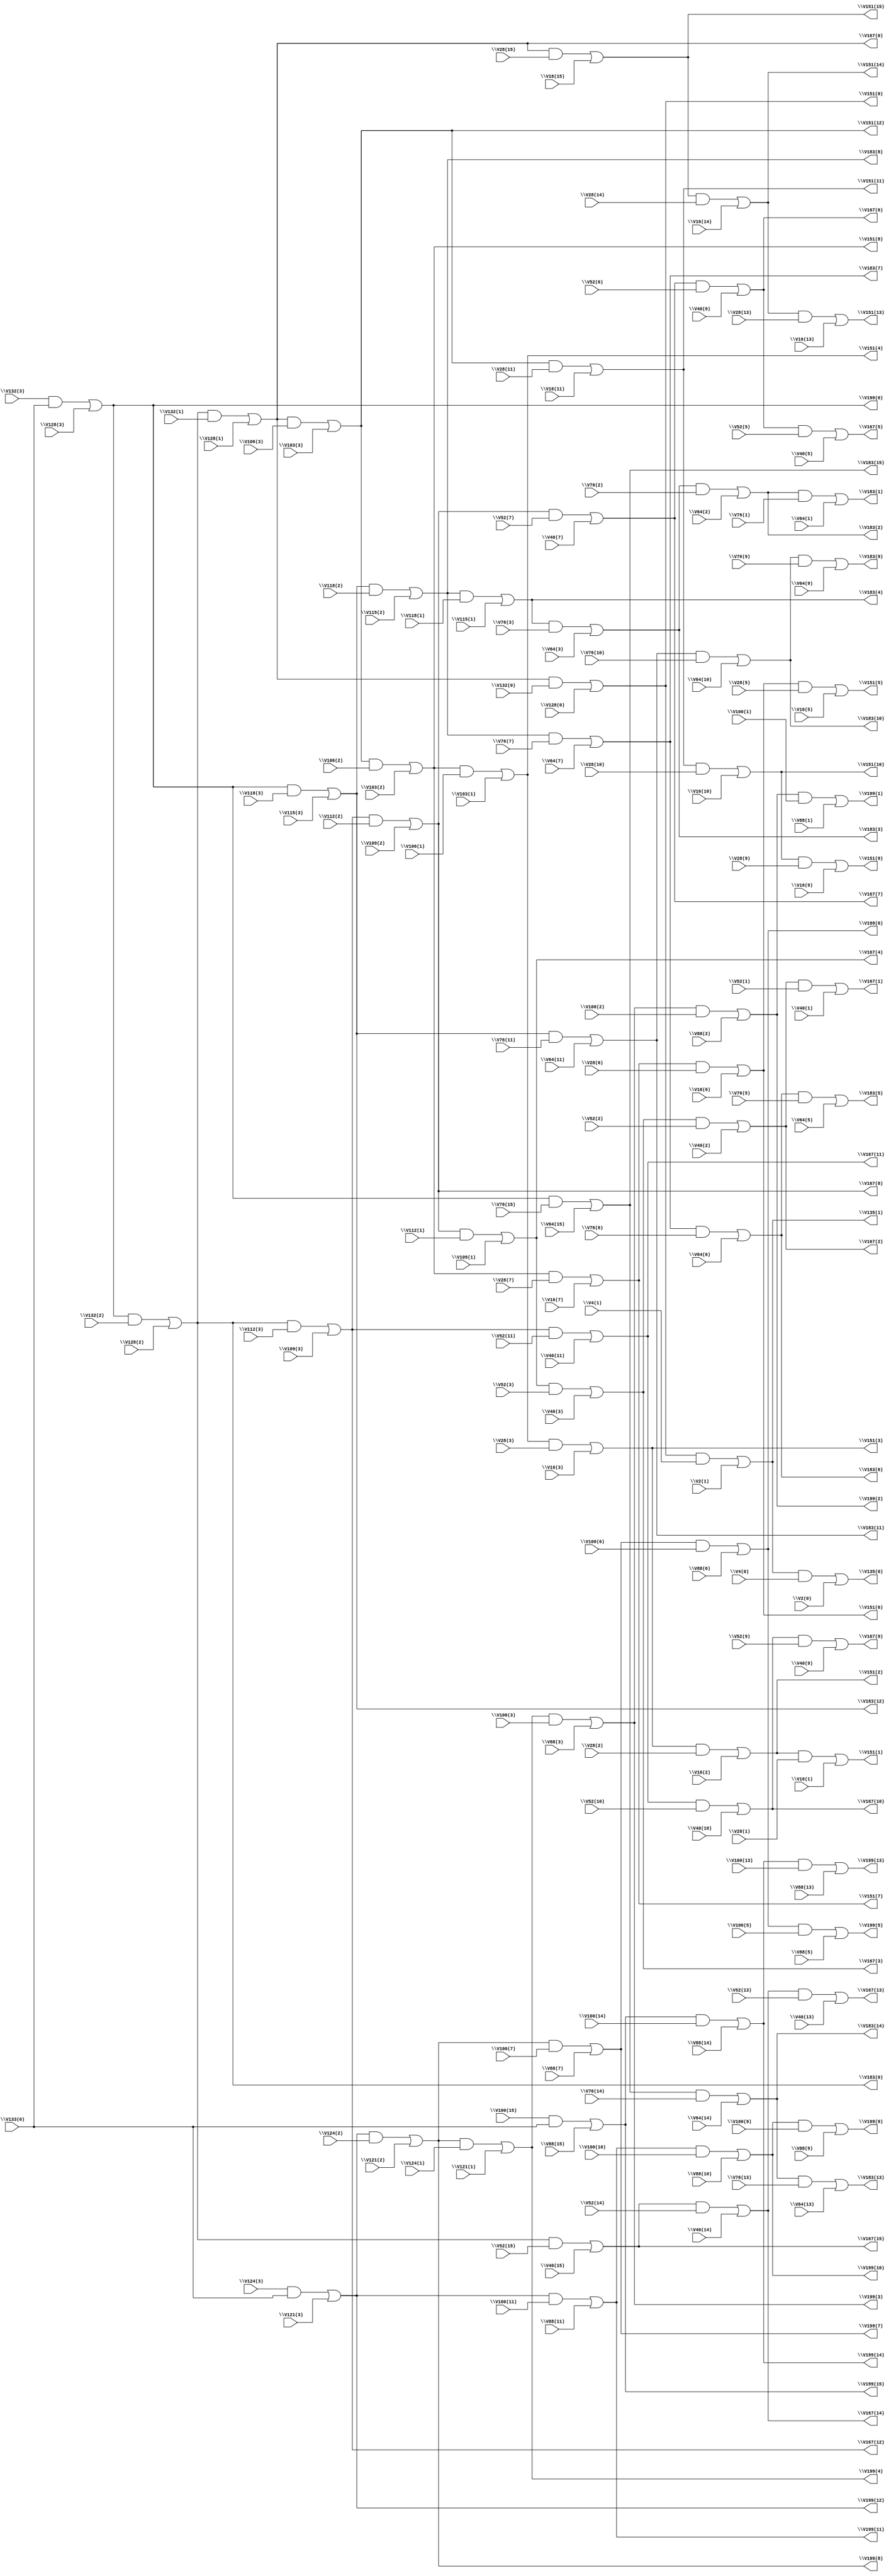
// IWLS benchmark module "i5" printed on Wed May 29 17:26:47 2002
module i5(\V4(0) , \V2(1) , \V4(1) , \V2(0) , \V28(1) , \V16(2) , \V28(2) , \V16(3) , \V28(3) , \V28(5) , \V16(6) , \V28(6) , \V16(7) , \V28(7) , \V28(9) , \V16(10) , \V28(10) , \V16(11) , \V28(11) , \V28(13) , \V16(14) , \V28(14) , \V16(15) , \V28(15) , \V16(1) , \V16(5) , \V16(9) , \V16(13) , \V52(1) , \V40(2) , \V52(2) , \V40(3) , \V52(3) , \V52(5) , \V40(6) , \V52(6) , \V40(7) , \V52(7) , \V52(9) , \V40(10) , \V52(10) , \V40(11) , \V52(11) , \V52(13) , \V40(14) , \V52(14) , \V40(15) , \V52(15) , \V40(1) , \V40(5) , \V40(9) , \V40(13) , \V76(1) , \V64(2) , \V76(2) , \V64(3) , \V76(3) , \V76(5) , \V64(6) , \V76(6) , \V64(7) , \V76(7) , \V76(9) , \V64(10) , \V76(10) , \V64(11) , \V76(11) , \V76(13) , \V64(14) , \V76(14) , \V64(15) , \V76(15) , \V64(1) , \V64(5) , \V64(9) , \V64(13) , \V100(1) , \V88(2) , \V100(2) , \V88(3) , \V100(3) , \V100(5) , \V88(6) , \V100(6) , \V88(7) , \V100(7) , \V100(9) , \V88(10) , \V100(10) , \V88(11) , \V100(11) , \V100(13) , \V88(14) , \V100(14) , \V88(15) , \V133(0) , \V100(15) , \V88(1) , \V88(5) , \V88(9) , \V88(13) , \V106(1) , \V103(2) , \V106(2) , \V103(3) , \V106(3) , \V112(1) , \V109(2) , \V112(2) , \V109(3) , \V112(3) , \V118(1) , \V115(2) , \V118(2) , \V115(3) , \V118(3) , \V124(1) , \V121(2) , \V124(2) , \V121(3) , \V124(3) , \V103(1) , \V109(1) , \V115(1) , \V121(1) , \V132(0) , \V128(1) , \V132(1) , \V128(2) , \V132(2) , \V128(3) , \V132(3) , \V128(0) , \V135(0) , \V135(1) , \V151(1) , \V151(2) , \V151(3) , \V151(5) , \V151(6) , \V151(7) , \V151(9) , \V151(10) , \V151(11) , \V151(13) , \V151(14) , \V151(15) , \V167(1) , \V167(2) , \V167(3) , \V167(5) , \V167(6) , \V167(7) , \V167(9) , \V167(10) , \V167(11) , \V167(13) , \V167(14) , \V167(15) , \V183(1) , \V183(2) , \V183(3) , \V183(5) , \V183(6) , \V183(7) , \V183(9) , \V183(10) , \V183(11) , \V183(13) , \V183(14) , \V183(15) , \V199(1) , \V199(2) , \V199(3) , \V199(5) , \V199(6) , \V199(7) , \V199(9) , \V199(10) , \V199(11) , \V199(13) , \V199(14) , \V199(15) , \V151(4) , \V151(8) , \V151(12) , \V167(4) , \V167(8) , \V167(12) , \V183(4) , \V183(8) , \V183(12) , \V199(4) , \V199(8) , \V199(12) , \V151(0) , \V167(0) , \V183(0) , \V199(0) );
input
  \V64(3) ,
  \V28(13) ,
  \V52(11) ,
  \V52(10) ,
  \V64(5) ,
  \V28(15) ,
  \V109(3) ,
  \V64(6) ,
  \V28(14) ,
  \V109(2) ,
  \V132(1) ,
  \V64(7) ,
  \V132(0) ,
  \V64(9) ,
  \V28(11) ,
  \V115(3) ,
  \V28(10) ,
  \V115(2) ,
  \V88(1) ,
  \V109(1) ,
  \V16(1) ,
  \V88(2) ,
  \V121(3) ,
  \V16(2) ,
  \V88(3) ,
  \V121(2) ,
  \V16(3) ,
  \V64(13) ,
  \V115(1) ,
  \V88(5) ,
  \V16(5) ,
  \V88(6) ,
  \V16(6) ,
  \V64(15) ,
  \V88(7) ,
  \V16(7) ,
  \V64(14) ,
  \V121(1) ,
  \V88(9) ,
  \V16(9) ,
  \V100(3) ,
  \V100(2) ,
  \V64(11) ,
  \V100(5) ,
  \V64(10) ,
  \V4(0) ,
  \V100(1) ,
  \V4(1) ,
  \V118(3) ,
  \V118(2) ,
  \V52(1) ,
  \V52(2) ,
  \V124(3) ,
  \V52(3) ,
  \V124(2) ,
  \V128(3) ,
  \V100(7) ,
  \V76(13) ,
  \V128(2) ,
  \V100(6) ,
  \V118(1) ,
  \V52(5) ,
  \V100(9) ,
  \V76(15) ,
  \V52(6) ,
  \V76(14) ,
  \V52(7) ,
  \V100(11) ,
  \V124(1) ,
  \V100(10) ,
  \V52(9) ,
  \V128(1) ,
  \V103(3) ,
  \V100(13) ,
  \V76(11) ,
  \V128(0) ,
  \V103(2) ,
  \V76(10) ,
  \V100(15) ,
  \V76(1) ,
  \V100(14) ,
  \V76(2) ,
  \V76(3) ,
  \V103(1) ,
  \V76(5) ,
  \V76(6) ,
  \V76(7) ,
  \V76(9) ,
  \V40(13) ,
  \V88(13) ,
  \V40(15) ,
  \V28(1) ,
  \V40(14) ,
  \V88(15) ,
  \V28(2) ,
  \V88(14) ,
  \V28(3) ,
  \V16(13) ,
  \V40(11) ,
  \V28(5) ,
  \V40(10) ,
  \V16(15) ,
  \V88(11) ,
  \V106(3) ,
  \V28(6) ,
  \V16(14) ,
  \V88(10) ,
  \V106(2) ,
  \V28(7) ,
  \V40(1) ,
  \V2(0) ,
  \V133(0) ,
  \V28(9) ,
  \V40(2) ,
  \V112(3) ,
  \V16(11) ,
  \V2(1) ,
  \V40(3) ,
  \V112(2) ,
  \V16(10) ,
  \V106(1) ,
  \V40(5) ,
  \V40(6) ,
  \V40(7) ,
  \V112(1) ,
  \V52(13) ,
  \V40(9) ,
  \V52(15) ,
  \V132(3) ,
  \V52(14) ,
  \V64(1) ,
  \V132(2) ,
  \V64(2) ;
output
  \V167(4) ,
  \V167(1) ,
  \V167(0) ,
  \V183(3) ,
  \V183(2) ,
  \V183(5) ,
  \V183(4) ,
  \V167(7) ,
  \V151(11) ,
  \V167(6) ,
  \V151(10) ,
  \V199(11) ,
  \V167(9) ,
  \V183(1) ,
  \V151(13) ,
  \V199(10) ,
  \V167(8) ,
  \V183(0) ,
  \V151(12) ,
  \V199(13) ,
  \V151(15) ,
  \V199(12) ,
  \V151(14) ,
  \V199(15) ,
  \V199(14) ,
  \V183(7) ,
  \V183(6) ,
  \V183(9) ,
  \V183(8) ,
  \V135(1) ,
  \V135(0) ,
  \V151(3) ,
  \V151(2) ,
  \V151(5) ,
  \V151(4) ,
  \V151(1) ,
  \V151(0) ,
  \V151(7) ,
  \V151(6) ,
  \V151(9) ,
  \V151(8) ,
  \V183(11) ,
  \V183(10) ,
  \V183(13) ,
  \V183(12) ,
  \V167(11) ,
  \V199(3) ,
  \V183(15) ,
  \V167(10) ,
  \V199(2) ,
  \V183(14) ,
  \V167(13) ,
  \V199(5) ,
  \V167(12) ,
  \V199(4) ,
  \V167(15) ,
  \V167(14) ,
  \V199(1) ,
  \V199(0) ,
  \V199(7) ,
  \V199(6) ,
  \V199(9) ,
  \V199(8) ,
  \V167(3) ,
  \V167(2) ,
  \V167(5) ;
wire
  \[59] ,
  \[15] ,
  \[16] ,
  \[17] ,
  \[18] ,
  \[19] ,
  \[60] ,
  \[61] ,
  \[62] ,
  \[0] ,
  \[63] ,
  \[1] ,
  \[64] ,
  \[20] ,
  \[2] ,
  \[65] ,
  \[21] ,
  \[3] ,
  \[22] ,
  \[4] ,
  \[23] ,
  \[5] ,
  \[24] ,
  \[6] ,
  \[25] ,
  \[7] ,
  \[26] ,
  \[8] ,
  \[27] ,
  \[9] ,
  \[28] ,
  \[29] ,
  \[30] ,
  \[31] ,
  \[32] ,
  \[33] ,
  \[34] ,
  \[35] ,
  \[36] ,
  \[37] ,
  \[38] ,
  \[39] ,
  \[40] ,
  \[41] ,
  \[42] ,
  \[43] ,
  \[44] ,
  \[45] ,
  \[46] ,
  \[47] ,
  \[48] ,
  \[49] ,
  \[50] ,
  \[51] ,
  \[52] ,
  \[53] ,
  \[54] ,
  \[10] ,
  \[55] ,
  \[11] ,
  \[56] ,
  \[12] ,
  \[57] ,
  \[13] ,
  \[58] ,
  \[14] ;
assign
  \[59]  = (\[60]  & \V124(1) ) | \V121(1) ,
  \[15]  = (\[16]  & \V52(2) ) | \V40(2) ,
  \V167(4)  = \[53] ,
  \[16]  = (\[53]  & \V52(3) ) | \V40(3) ,
  \[17]  = (\[18]  & \V52(5) ) | \V40(5) ,
  \[18]  = (\[19]  & \V52(6) ) | \V40(6) ,
  \V167(1)  = \[14] ,
  \[19]  = (\[54]  & \V52(7) ) | \V40(7) ,
  \V167(0)  = \[63] ,
  \V183(3)  = \[28] ,
  \V183(2)  = \[27] ,
  \[60]  = (\[61]  & \V124(2) ) | \V121(2) ,
  \V183(5)  = \[29] ,
  \[61]  = (\V124(3)  & \V133(0) ) | \V121(3) ,
  \V183(4)  = \[56] ,
  \[62]  = (\[63]  & \V132(0) ) | \V128(0) ,
  \V167(7)  = \[19] ,
  \[0]  = (\[1]  & \V4(0) ) | \V2(0) ,
  \V151(11)  = \[10] ,
  \[63]  = (\[64]  & \V132(1) ) | \V128(1) ,
  \V167(6)  = \[18] ,
  \[1]  = (\[62]  & \V4(1) ) | \V2(1) ,
  \V151(10)  = \[9] ,
  \V199(11)  = \[46] ,
  \[64]  = (\[65]  & \V132(2) ) | \V128(2) ,
  \[20]  = (\[21]  & \V52(9) ) | \V40(9) ,
  \V167(9)  = \[20] ,
  \[2]  = (\[3]  & \V28(1) ) | \V16(1) ,
  \V183(1)  = \[26] ,
  \V151(13)  = \[11] ,
  \V199(10)  = \[45] ,
  \[65]  = (\V132(3)  & \V133(0) ) | \V128(3) ,
  \[21]  = (\[22]  & \V52(10) ) | \V40(10) ,
  \V167(8)  = \[54] ,
  \[3]  = (\[4]  & \V28(2) ) | \V16(2) ,
  \V183(0)  = \[64] ,
  \V151(12)  = \[52] ,
  \V199(13)  = \[47] ,
  \[22]  = (\[55]  & \V52(11) ) | \V40(11) ,
  \[4]  = (\[50]  & \V28(3) ) | \V16(3) ,
  \V151(15)  = \[13] ,
  \V199(12)  = \[61] ,
  \[23]  = (\[24]  & \V52(13) ) | \V40(13) ,
  \[5]  = (\[6]  & \V28(5) ) | \V16(5) ,
  \V151(14)  = \[12] ,
  \V199(15)  = \[49] ,
  \[24]  = (\[25]  & \V52(14) ) | \V40(14) ,
  \[6]  = (\[7]  & \V28(6) ) | \V16(6) ,
  \V199(14)  = \[48] ,
  \[25]  = (\[64]  & \V52(15) ) | \V40(15) ,
  \[7]  = (\[51]  & \V28(7) ) | \V16(7) ,
  \[26]  = (\[27]  & \V76(1) ) | \V64(1) ,
  \[8]  = (\[9]  & \V28(9) ) | \V16(9) ,
  \V183(7)  = \[31] ,
  \[27]  = (\[28]  & \V76(2) ) | \V64(2) ,
  \[9]  = (\[10]  & \V28(10) ) | \V16(10) ,
  \V183(6)  = \[30] ,
  \[28]  = (\[56]  & \V76(3) ) | \V64(3) ,
  \V183(9)  = \[32] ,
  \[29]  = (\[30]  & \V76(5) ) | \V64(5) ,
  \V183(8)  = \[57] ,
  \V135(1)  = \[1] ,
  \V135(0)  = \[0] ,
  \V151(3)  = \[4] ,
  \V151(2)  = \[3] ,
  \V151(5)  = \[5] ,
  \[30]  = (\[31]  & \V76(6) ) | \V64(6) ,
  \V151(4)  = \[50] ,
  \[31]  = (\[57]  & \V76(7) ) | \V64(7) ,
  \[32]  = (\[33]  & \V76(9) ) | \V64(9) ,
  \[33]  = (\[34]  & \V76(10) ) | \V64(10) ,
  \V151(1)  = \[2] ,
  \[34]  = (\[58]  & \V76(11) ) | \V64(11) ,
  \V151(0)  = \[62] ,
  \[35]  = (\[36]  & \V76(13) ) | \V64(13) ,
  \[36]  = (\[37]  & \V76(14) ) | \V64(14) ,
  \[37]  = (\[65]  & \V76(15) ) | \V64(15) ,
  \[38]  = (\[39]  & \V100(1) ) | \V88(1) ,
  \[39]  = (\[40]  & \V100(2) ) | \V88(2) ,
  \V151(7)  = \[7] ,
  \V151(6)  = \[6] ,
  \V151(9)  = \[8] ,
  \V151(8)  = \[51] ,
  \V183(11)  = \[34] ,
  \[40]  = (\[59]  & \V100(3) ) | \V88(3) ,
  \V183(10)  = \[33] ,
  \[41]  = (\[42]  & \V100(5) ) | \V88(5) ,
  \V183(13)  = \[35] ,
  \[42]  = (\[43]  & \V100(6) ) | \V88(6) ,
  \V183(12)  = \[58] ,
  \V167(11)  = \[22] ,
  \V199(3)  = \[40] ,
  \[43]  = (\[60]  & \V100(7) ) | \V88(7) ,
  \V183(15)  = \[37] ,
  \V167(10)  = \[21] ,
  \V199(2)  = \[39] ,
  \[44]  = (\[45]  & \V100(9) ) | \V88(9) ,
  \V183(14)  = \[36] ,
  \V167(13)  = \[23] ,
  \V199(5)  = \[41] ,
  \[45]  = (\[46]  & \V100(10) ) | \V88(10) ,
  \V167(12)  = \[55] ,
  \V199(4)  = \[59] ,
  \[46]  = (\[61]  & \V100(11) ) | \V88(11) ,
  \V167(15)  = \[25] ,
  \[47]  = (\[48]  & \V100(13) ) | \V88(13) ,
  \V167(14)  = \[24] ,
  \[48]  = (\[49]  & \V100(14) ) | \V88(14) ,
  \V199(1)  = \[38] ,
  \[49]  = (\V100(15)  & \V133(0) ) | \V88(15) ,
  \V199(0)  = \[65] ,
  \V199(7)  = \[43] ,
  \V199(6)  = \[42] ,
  \[50]  = (\[51]  & \V106(1) ) | \V103(1) ,
  \V199(9)  = \[44] ,
  \[51]  = (\[52]  & \V106(2) ) | \V103(2) ,
  \V199(8)  = \[60] ,
  \[52]  = (\[63]  & \V106(3) ) | \V103(3) ,
  \[53]  = (\[54]  & \V112(1) ) | \V109(1) ,
  \[54]  = (\[55]  & \V112(2) ) | \V109(2) ,
  \[10]  = (\[52]  & \V28(11) ) | \V16(11) ,
  \[55]  = (\[64]  & \V112(3) ) | \V109(3) ,
  \[11]  = (\[12]  & \V28(13) ) | \V16(13) ,
  \[56]  = (\[57]  & \V118(1) ) | \V115(1) ,
  \[12]  = (\[13]  & \V28(14) ) | \V16(14) ,
  \V167(3)  = \[16] ,
  \[57]  = (\[58]  & \V118(2) ) | \V115(2) ,
  \[13]  = (\[63]  & \V28(15) ) | \V16(15) ,
  \V167(2)  = \[15] ,
  \[58]  = (\[65]  & \V118(3) ) | \V115(3) ,
  \[14]  = (\[15]  & \V52(1) ) | \V40(1) ,
  \V167(5)  = \[17] ;
endmodule